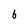
Character: 6